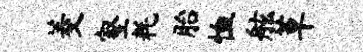
菱壑耗胎恤舷草